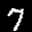
Label: 7